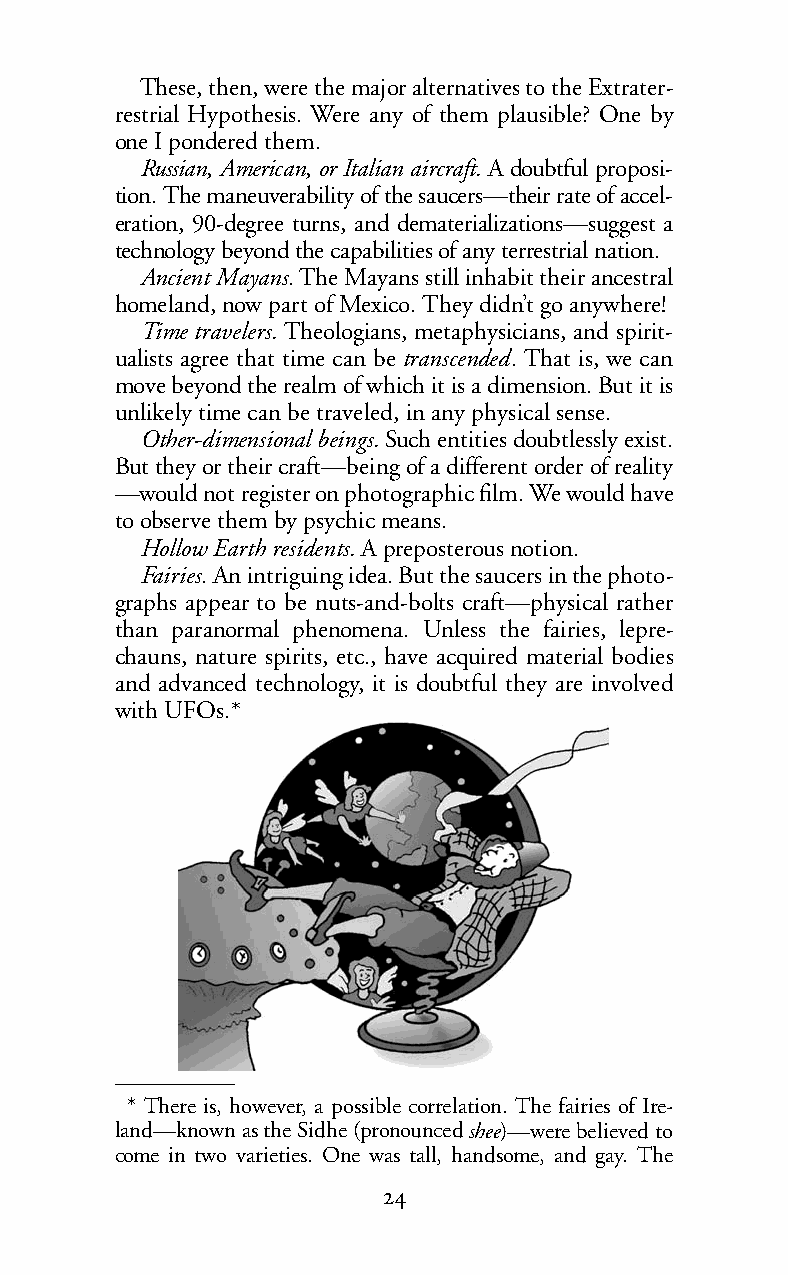
These, then, were the major alternatives to the Extrater-
 restrial Hypothesis. Were any of them plausible? One by
 one I pondered them.
 Russian, American, or Italian aircraft. A doubtful proposi-
 tion. The maneuverability of the saucers—their rate of accel-
 eration, 90-degree turns, and dematerializations—suggest a
 technology beyond the capabilities of any terrestrial nation.
 Ancient Mayans.The Mayans still inhabit their ancestral
 homeland, now part of Mexico. They didn’t go anywhere!
 Time travelers. Theologians, metaphysicians, and spirit-
 ualists agree that time can betranscended. That is, we can
 move beyond the realm of which it is a dimension. But it is
 unlikely time can be traveled, in any physical sense.
 Other-dimensional beings.Such entities doubtlessly exist.
 But they or their craft—being of a different order of reality
 —would not register on photographic film. We would have
 to observe them by psychic means.
 Hollow Earth residents.Apreposterous notion.
 Fairies.An intriguing idea. But the saucers in the photo-
 graphs appear to be nuts-and-bolts craft—physical rather
 than paranormal phenomena. Unless the fairies, lepre-
 chauns, nature spirits, etc., have acquired material bodies
 and advanced technology, it is doubtful they are involved
 with UFOs.*
 * There is, however, a possible correlation. The fairies of Ire-
 land—known as the Sidhe (pronouncedshee)—were believed to
 come in two varieties. One was tall, handsome, and gay. The
 